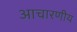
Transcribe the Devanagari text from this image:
आचारणीय